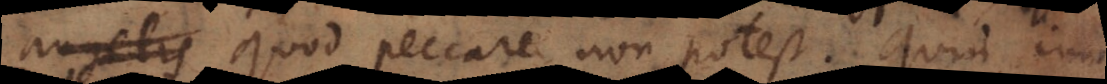
angelis quod peccare non potest. Quin imo